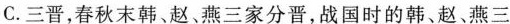
C．三晋，春秋末韩、赵、燕三家分晋，战国时期的韩、赵、燕三